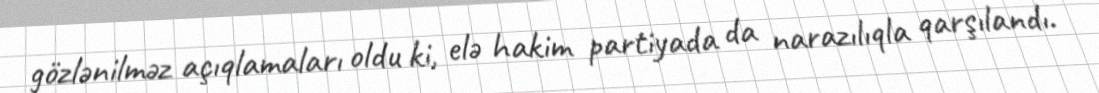
gözlənilməz açıqlamaları oldu ki, elə hakim partiyada da narazılıqla qarşılandı.